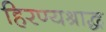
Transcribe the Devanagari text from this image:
हिरण्यश्राद्ध